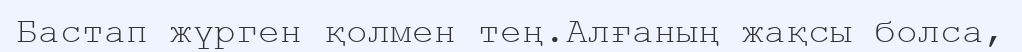
Бастап жүрген қолмен тең.Алғаның жақсы болса,